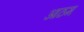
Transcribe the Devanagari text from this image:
आठम